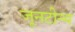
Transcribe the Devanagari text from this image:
जूनटीन्थ